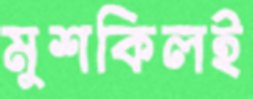
মুশকিলই